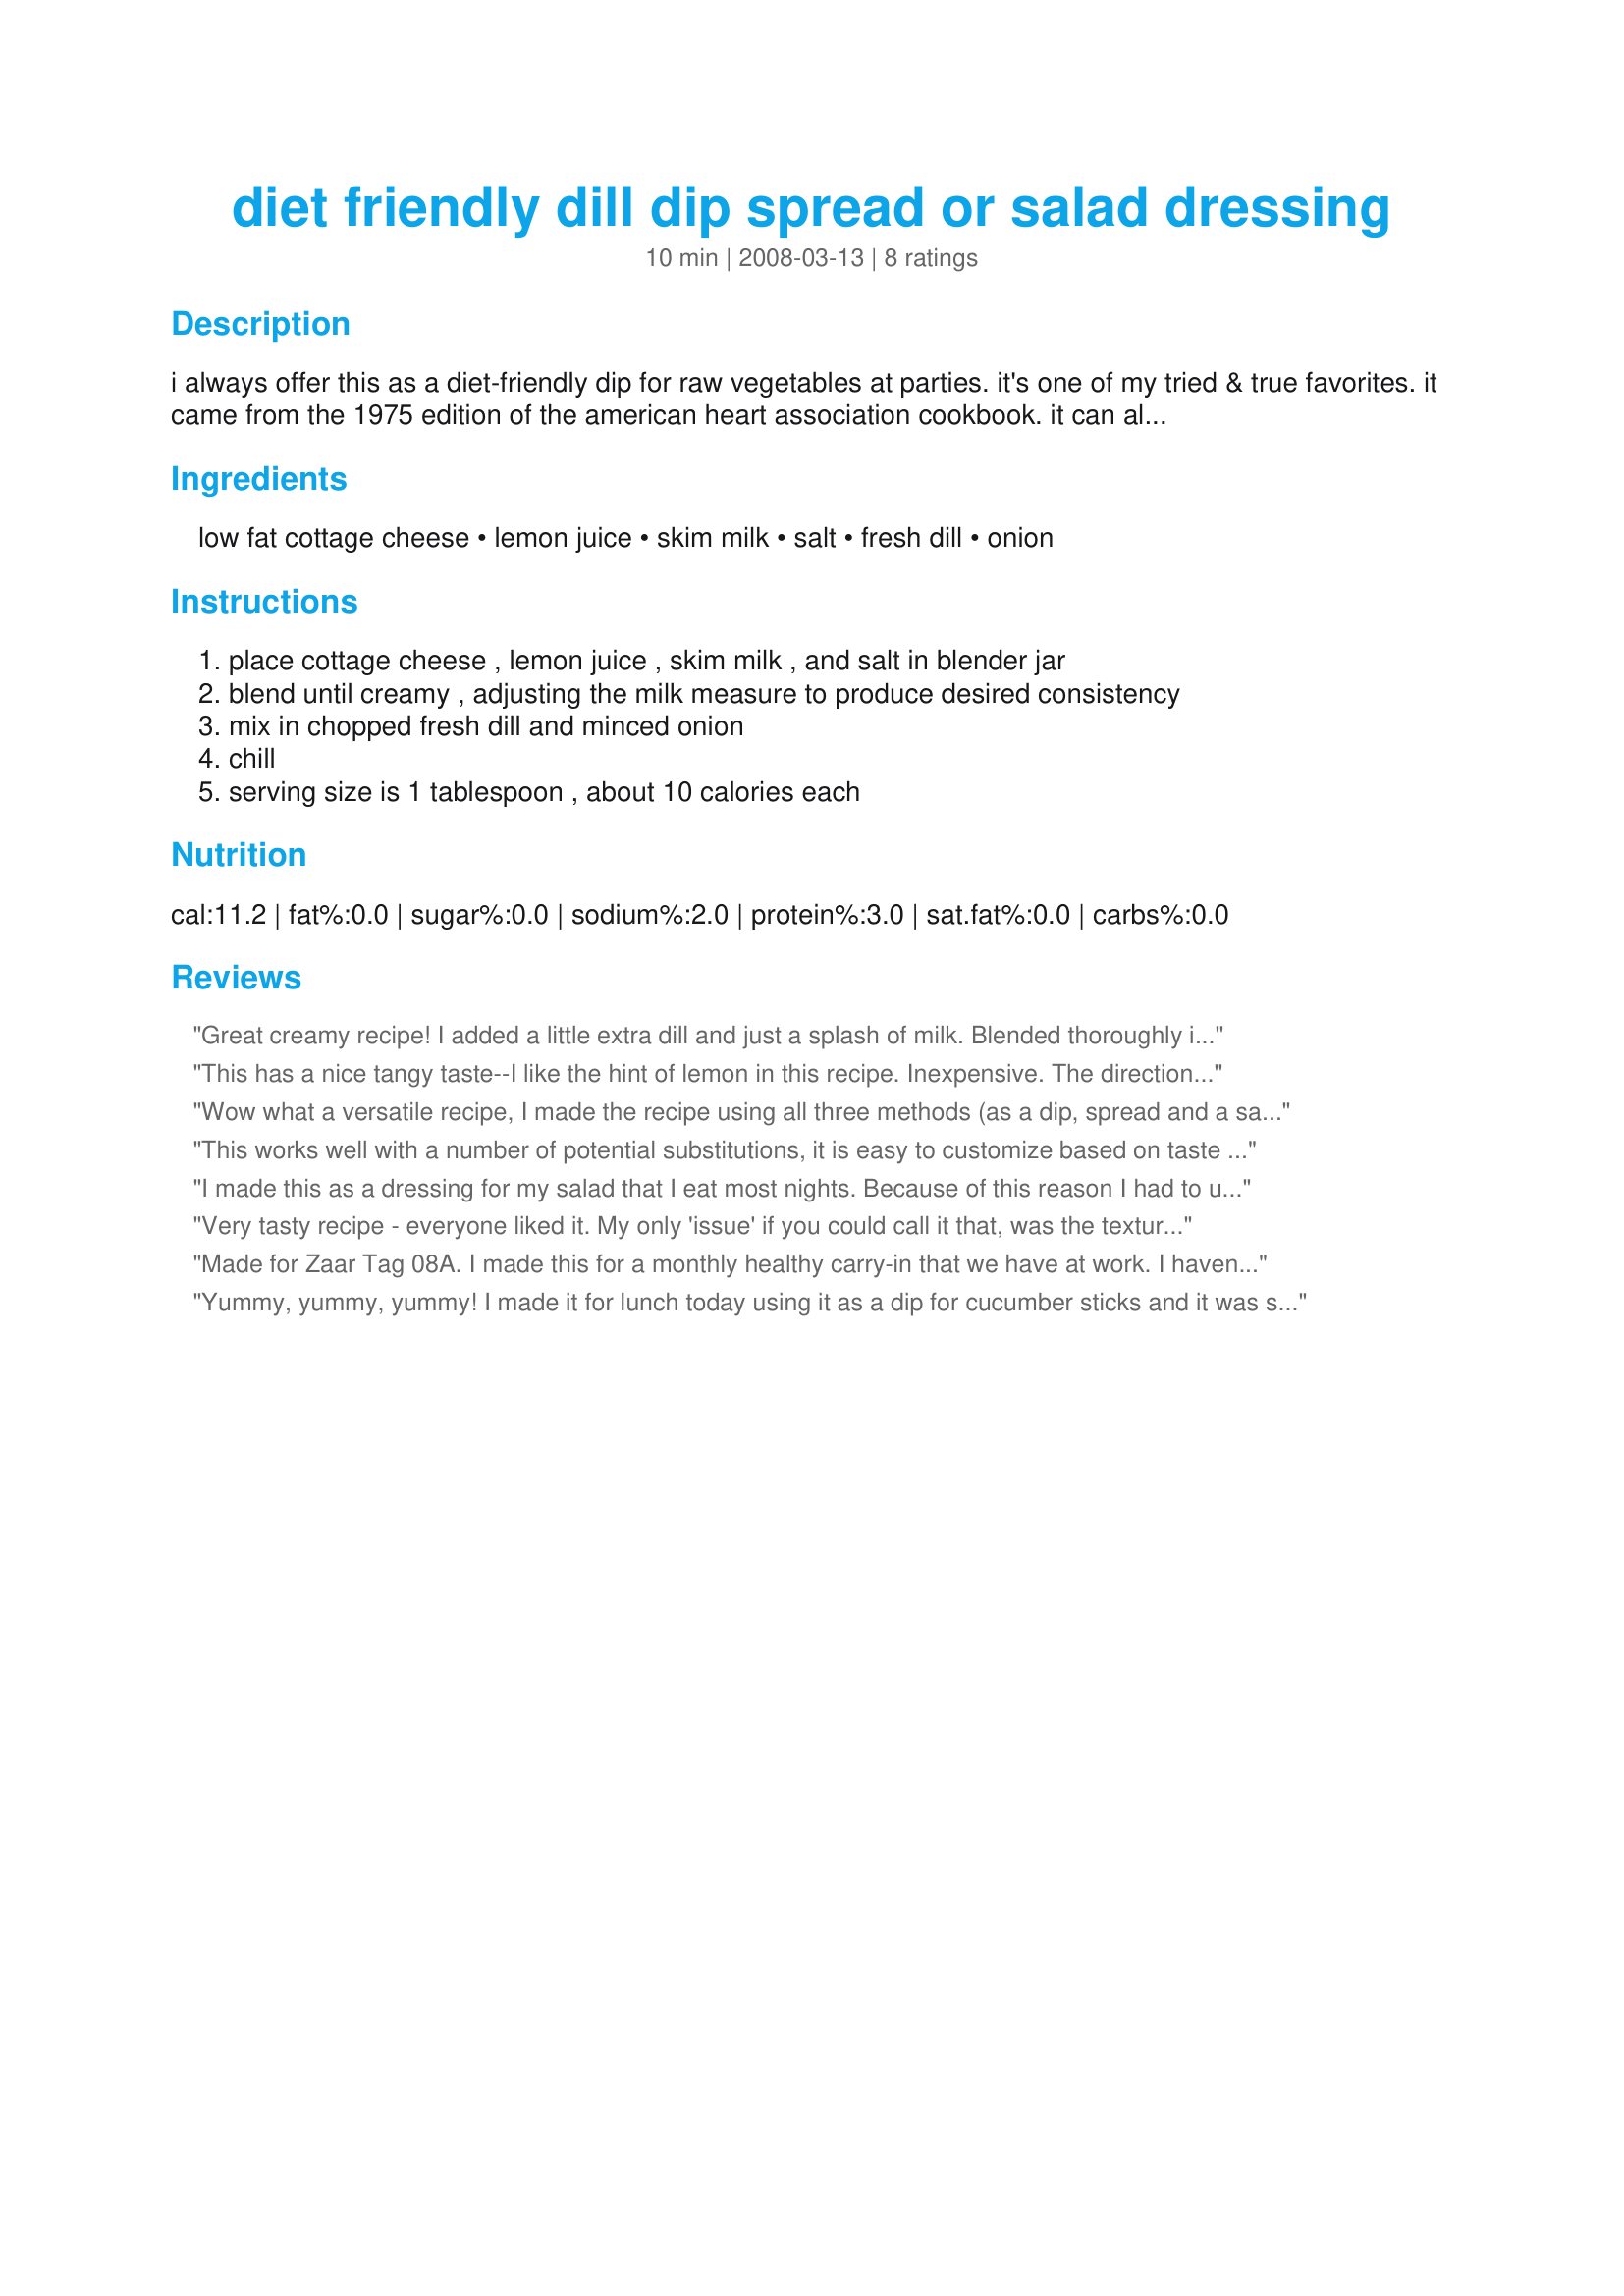
diet friendly dill dip spread or salad dressing
Preparation time: 10 minutes

i always offer this as a diet-friendly dip for raw vegetables at parties. it's one of my tried & true favorites. it came from the 1975 edition of the american heart association cookbook. it can also replace sour cream.

Ingredients:
low fat cottage cheese, lemon juice, skim milk, salt, fresh dill, onion

Steps:
place cottage cheese , lemon juice , skim milk , and salt in blender jar, blend until creamy , adjusting the milk measure to produce desired consistency, mix in chopped fresh dill and minced onion, chill, serving size is 1 tablespoon , about 10 calories each

Reviews:
Great creamy recipe! I added a little extra dill and just a splash of milk. Blended thoroughly in the blender and the result was really smooth. Brought it to the inlaws for a picnic and everyone loved it! The taste is slightly different than most sour cream dill dips but not enough to really even care about. Wonderful!! Thanks KateL!
This has a nice tangy taste--I like the hint of lemon in this recipe. Inexpensive. The directions are very clearly worded. Super easy to do and tastes much better than store bought. I used low fat ricotta and dried dill weed only b/c that is what I had in my refrigerator. Thanks for sharing a great recipe KateL. Made for PAC Spring '08.
Wow what a versatile recipe, I made the recipe using all three methods (as a dip, spread and a salad dressing). My favourite was as a spread, I used dried biscuits and cut some tomatoes and spread the all over the tomatoes and it made a delicious lunch. Thank you KateL
This works well with a number of potential substitutions, it is easy to customize based on taste or nutritional preferences; using just what I had in the fridge today. This time I used 1% cheese, original flavor cashew milk and a bit of diced Vidalia onion. I was chopping up a little bit of a few different vegetables and bread cubes for dipping. SO glad to have been able to make a delicious healthy treat without having to head to the store in cold weather!
I made this as a dressing for my salad that I eat most nights. Because of this reason I had to use quite a bit more skim milk to get it to the consistency I wanted. I feel the dill takes over the taste a little more than I care for. Now this being personal preference, if you like the taste of dill use the full T. I mixed all ingredients together using my hand-held Braun and it came out perfectly. I love the fact that it's practically FF and for this reason I'll be making this again as a switch up to the normal spritz type dressing I use. Thanks for posting this recipe Kate.! 
Made for Zaar Tag~
Very tasty recipe - everyone liked it. My only 'issue' if you could call it that, was the texture of the cottage cheese, but i think that would be hard to get away from! Thanks for posting!
Made for Zaar Tag 08A. I made this for a monthly healthy carry-in that we have at work. I haven't taken it to work yet, but I did save a little bit out for me to eat and it was absolutely wonderful. So much lower in calories and fat than using sour cream and it tastes good too! Thanks Kate for a great recipe!
Yummy, yummy, yummy! I made it for lunch today using it as a dip for cucumber sticks and it was so tasty! Very refreshing and the dill just made it extra good! I only added a tbs of milk to the mixture, cause I wanted the dip to be chunky and thick. Really nice!
Thanks so much for sharing this wonderful, easy and tasty recipe with us! This will be my staple from now on.
Made and reviewed for Veg 'n' Swap #10-Team Carrot.
